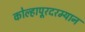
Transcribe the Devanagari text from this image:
कोल्हापूरदरम्यान